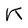
Character: K